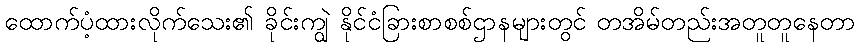
ထောက်ပံ့ထားလိုက်သေး၏ ခိုင်းကျွဲ နိုင်ငံခြားစာစစ်ဌာနများတွင် တအိမ်တည်းအတူတူနေတာ